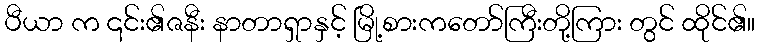
ပီယာ က ၎င်း၏ဇနီး နာတာရှာနှင့် မြို့စားကတော်ကြီးတို့ကြား တွင် ထိုင်၏။